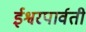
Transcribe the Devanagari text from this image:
ईश्वरपार्वती